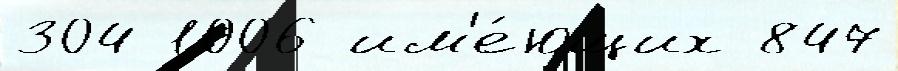
304 1006 им'е́ющих 847